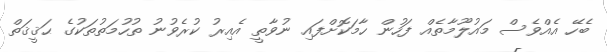
ބެހޭ އެއްވެސް މައުލޫމާތެއް ފަހުން ހާމަކޮށްފައި ނުވާތީ އެއިރު ކުރެވުނު ތުހުމަތުތަކުގެ ޙަޤީޤަތް